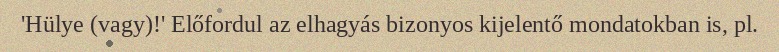
'Hülye (vagy)!' Előfordul az elhagyás bizonyos kijelentő mondatokban is, pl.